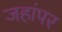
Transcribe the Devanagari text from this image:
जहांपर